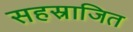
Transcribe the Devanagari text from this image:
सहस्राजित